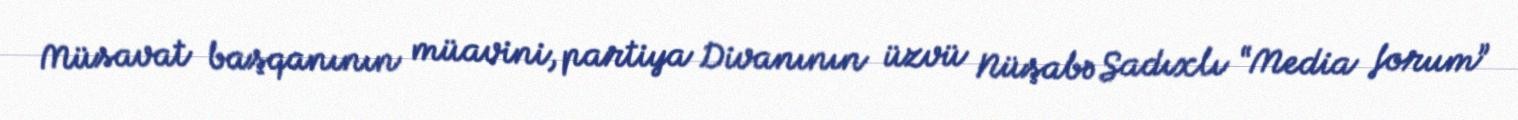
Müsavat başqanının müavini, partiya Divanının üzvü Nüşabə Sadıxlı “Media forum”